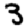
Digit: 3